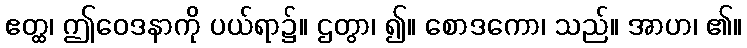
ဧတ္ထ၊ ဤဝေဒနာကို ပယ်ရာ၌။ ဌတွာ၊ ၍။ စောဒကော၊ သည်။ အာဟ၊ ၏။